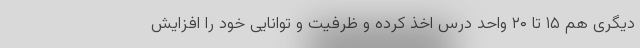
دیگری هم ۱۵ تا ۲۰ واحد درس اخذ کرده و ظرفیت و توانایی خود را افزایش